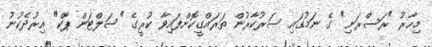
މިހާރު "ރަސްރަނި" ގެ ނަމުގައި ސަރުކާރުން ތަރައްގީކޮށްފައިވާ ކުރީގެ "ސަލްޓަން ޕާކް" އިރުދެކުނު